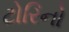
ટોરિનો